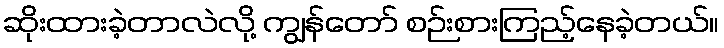
ဆိုးထားခဲ့တာလဲလို့ ကျွန်တော် စဉ်းစားကြည့်နေခဲ့တယ်။